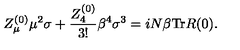
Z _ { \mu } ^ { ( 0 ) } \mu ^ { 2 } \sigma + \frac { Z _ { 4 } ^ { ( 0 ) } } { 3 ! } \beta ^ { 4 } \sigma ^ { 3 } = i N \beta \mathrm { T r } R ( 0 ) .